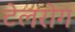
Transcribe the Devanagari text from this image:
टेलरोग